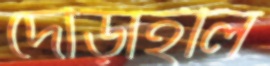
দৌড়াইলি